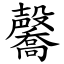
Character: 毊